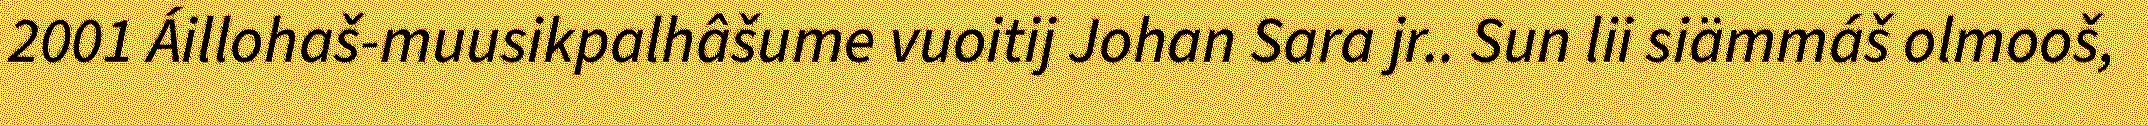
2001 Áillohaš-muusikpalhâšume vuoitij Johan Sara jr.. Sun lii siämmáš olmooš,